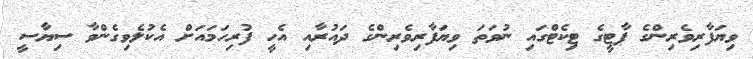
ވިޔަފާރިވެރިންގެ ޕާޓީގެ ޓިކެޓްގައި ނުވަތަ ވިޔަފާރިވެރިންގެ ދައުރާއި އެހީ ފުރިހަމައަށް އެކުލެވިގެންވާ ސިޔާސީ